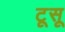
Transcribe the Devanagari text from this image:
टूसू